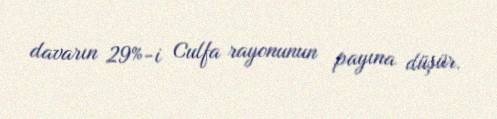
davarın 29%-i Culfa rayonunun payına düşür.